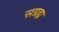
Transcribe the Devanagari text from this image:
सग्रह्य